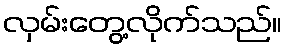
လှမ်းတွေ့လိုက်သည်။